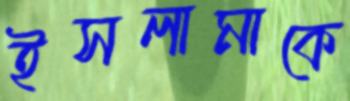
ইসলামাকে